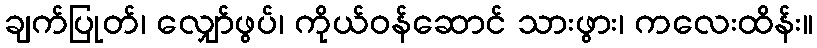
ချက်ပြုတ်၊ လျှော်ဖွပ်၊ ကိုယ်ဝန်ဆောင် သားဖွား၊ ကလေးထိန်း။